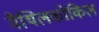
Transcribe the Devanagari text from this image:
मैथिलकोकिल